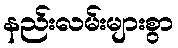
နည်းလမ်းများစွာ